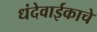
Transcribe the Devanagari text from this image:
धंदेवाईकाचे